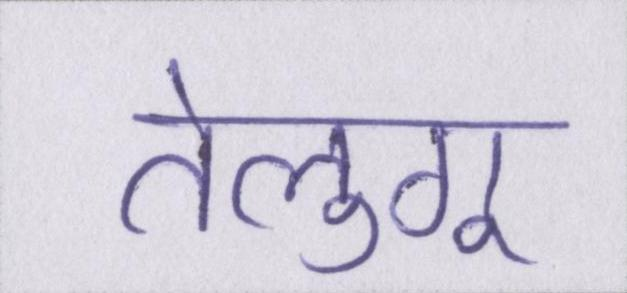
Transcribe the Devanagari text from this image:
तेलुगू